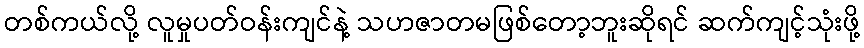
တစ်ကယ်လို့ လူမှုပတ်ဝန်းကျင်နဲ့ သဟဇာတမဖြစ်တော့ဘူးဆိုရင် ဆက်ကျင့်သုံးဖို့